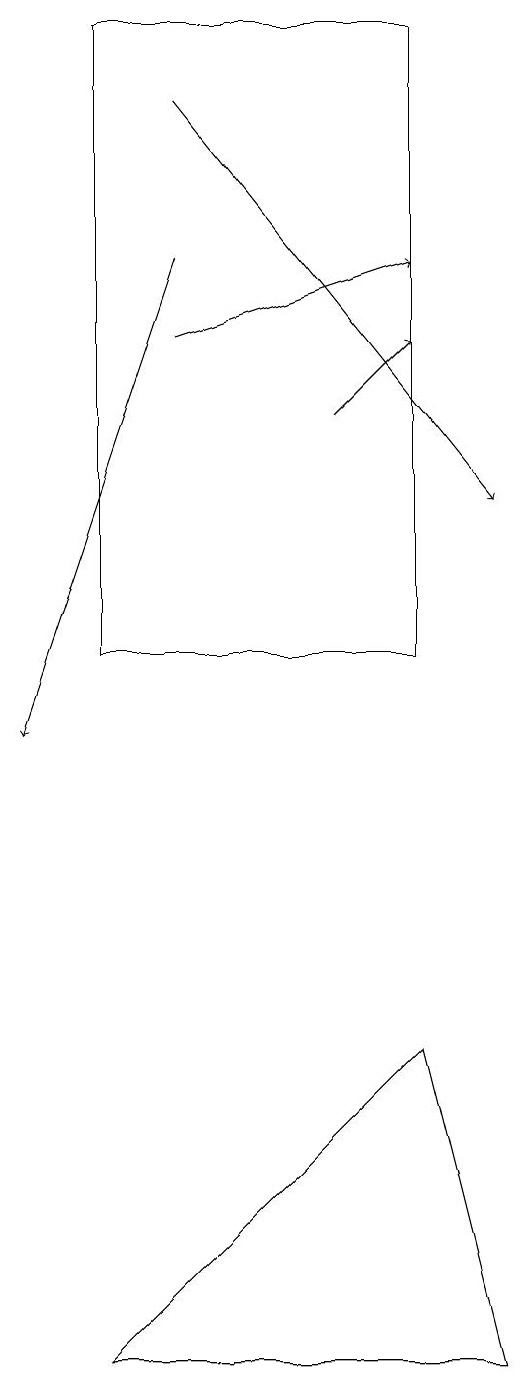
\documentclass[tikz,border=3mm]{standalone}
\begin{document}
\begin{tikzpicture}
\draw[->] (3,16) -- (1,10);
\draw (6,11) rectangle (2,19);
\draw[->] (3,15) -- (6,16);
\draw[->] (5,14) -- (6,15);
\draw (7,2) -- (6,6) -- (2,2) -- cycle;
\draw[->] (3,18) -- (7,13);
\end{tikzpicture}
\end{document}